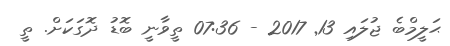
ޙަލީމްބެ ޖުލައި 13